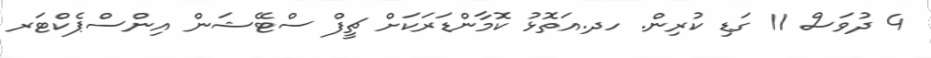
4 ދުވަސް 11 ގަޑި ކުރިން. ހދ.އަތޮޅު ކޮމާންޑަރަކަށް ޗީފް ސްޓޭޝަން އިންސްޕެކްޓަރ